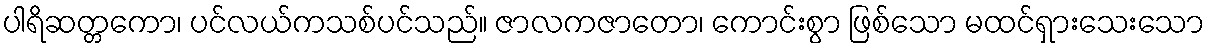
ပါရိဆတ္တကော၊ ပင်လယ်ကသစ်ပင်သည်။ ဇာလကဇာတော၊ ကောင်းစွာ ဖြစ်သော မထင်ရှားသေးသော